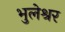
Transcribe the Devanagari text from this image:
भुलेश्रर